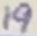
Text: 19